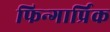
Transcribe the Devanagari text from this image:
फिन्गार्प्रिक